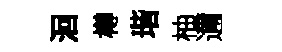
洄樽瑎柚邇